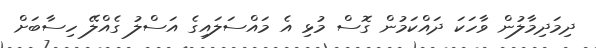
ދިމަދިމާލުން ވާހަކަ ދައްކަމުން ގޮސް މުޅި އެ މައްސަލައިގެ އަސްލު ގެއްލޭ ހިސާބަށް